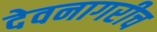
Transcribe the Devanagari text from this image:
देवनागरीच